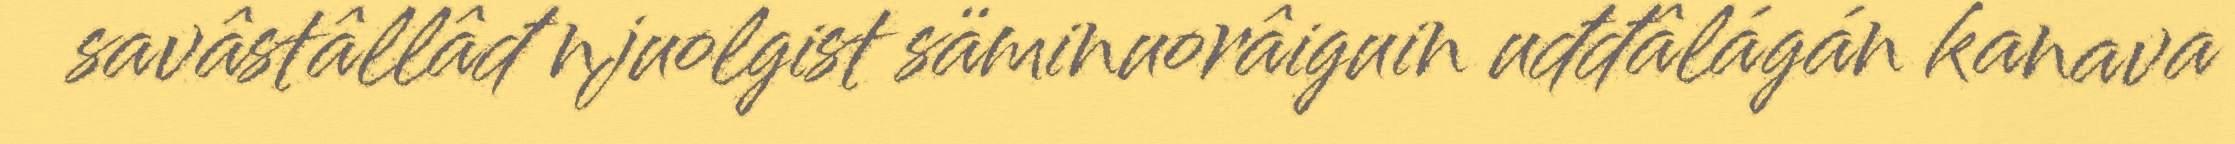
savâstâllâđ njuolgist säminuorâiguin uđđâlágán kanava